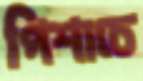
পিশাচে